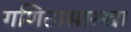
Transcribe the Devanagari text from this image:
गणितासारखा